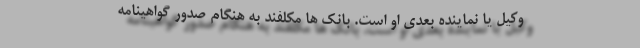
وکیل یا نماینده بعدی او است. بانک ها مکلفند به هنگام صدور گواهینامه